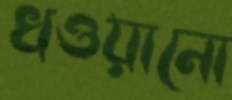
খওয়ানো